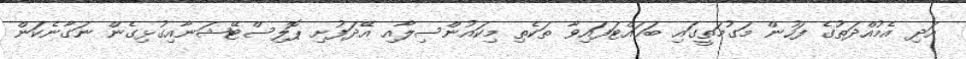
އަދި އެމުއްދަތުގެ ފަހުން މަގުމަތީގައި ބަހައްޓަފައިވާ ތަކެތި މިކައުންސިލާއި އޭދަފުށި ޕޮލިސްޓޭޝަނާއިގުޅިގެން ނަގާނެކަން